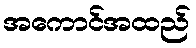
အကောင်အထည်